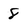
Character: 8